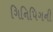
ગિનિપિગની